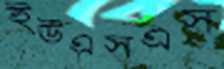
ইউএসএস